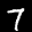
Label: 7